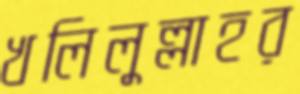
খলিলুল্লাহর